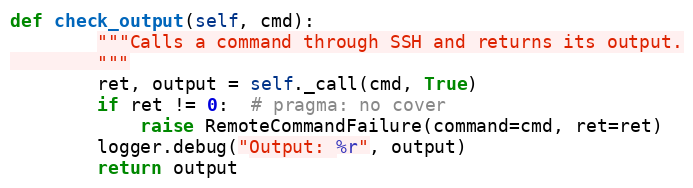
Language: Python
def check_output(self, cmd):
        """Calls a command through SSH and returns its output.
        """
        ret, output = self._call(cmd, True)
        if ret != 0:  # pragma: no cover
            raise RemoteCommandFailure(command=cmd, ret=ret)
        logger.debug("Output: %r", output)
        return output